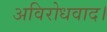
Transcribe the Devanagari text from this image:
अविरोधवाद।